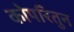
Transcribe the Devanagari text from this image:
कोपरितुन